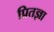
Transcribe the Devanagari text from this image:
प्रितज्ञा